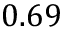
0 . 6 9